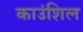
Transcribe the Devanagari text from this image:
काउंशिल